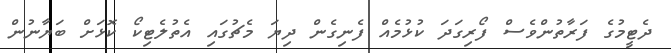
ދެޓީމުގެ ފަރާތުންވެސް ފޯރިގަދަ ކުޅުމެއް ފެނިގެން ދިޔަ މެޗުގައި އެތުލެޓިކޯ ކޮޅަށް ބަޔާނުން